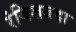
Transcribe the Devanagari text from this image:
रंजिशजदा